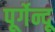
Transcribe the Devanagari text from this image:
पूर्गेन्दू